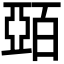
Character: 𫡷